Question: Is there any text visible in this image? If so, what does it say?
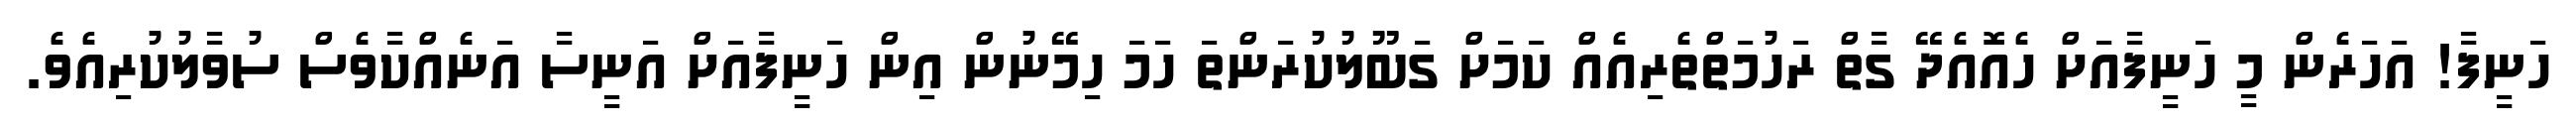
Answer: ހަނީފާ! އަހަރެން މީ ހަނީފާއަށް ހެއޮއެދޭ ގާތް ރަހުމަތްތެރިއެއް ކަމަށް ގަބޫލުކުރަންތަ ހަމަ ހިމޭނުން އިން ހަނީފާއަށް އަނީސާ އަނެއްކާވެސް ސުވާލުކުރިއެވެ.